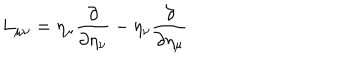
L _ { \mu \nu } = \eta _ { \mu } \frac { \partial } { \partial \eta _ { \nu } } - \eta _ { \nu } \frac { \partial } { \partial \eta _ { \mu } }